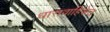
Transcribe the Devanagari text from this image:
धारावाहिकेत